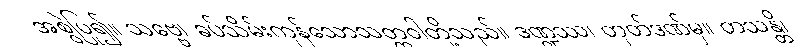
အစွဲပြု၍။ သဗ္ဗေ၊ ခပ်သိမ်းကုန်သောသတ္တဝါတို့သည်။ ဒဏ္ဍဿ၊ တုတ်ဒဏ်မှ။ တသန္တိ၊